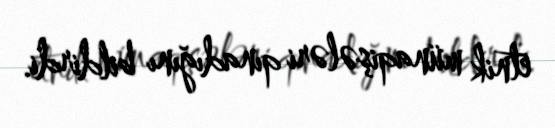
etnik münaqişələri qınadığını bildirdi.